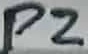
Text: P2